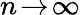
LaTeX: \textstyle n\! \to\! \infty